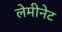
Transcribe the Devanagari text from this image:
लेमीनेट